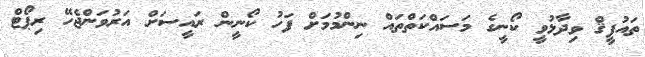
ތައުފީޤް ވިދާޅުވީ ކޯނީގެ މަސައްކަތްތައް ނިންމުމަށް ފަހު ކޯނީން ރައީސަށް އަރުވަންޖެހޭ ރިޕޯޓް